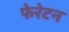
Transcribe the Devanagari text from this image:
फेरेटन